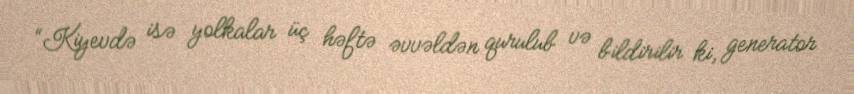
“Kiyevdə isə yolkalar üç həftə əvvəldən qurulub və bildirilir ki, generator